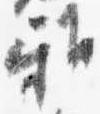
雅